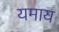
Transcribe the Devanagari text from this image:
यमाय